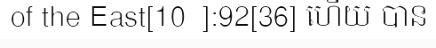
of the East[10  ]:92[36] ហើយ បាន